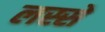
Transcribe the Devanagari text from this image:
लस्से